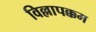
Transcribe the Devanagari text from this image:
विल्लापक्कम